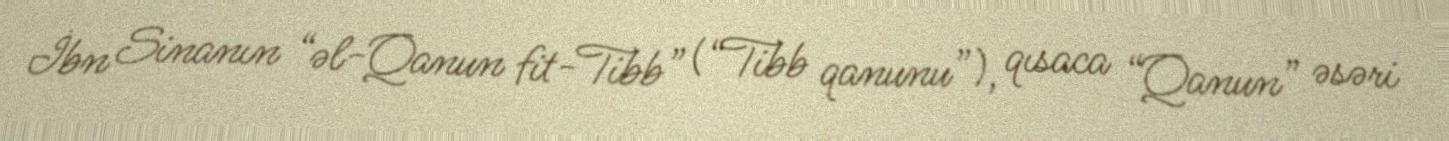
İbn Sinanın “əl-Qanun fit-Tibb” (“Tibb qanunu”), qısaca “Qanun” əsəri